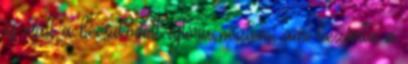
és csak a becsukódott ajtóra néztem, ami bezárta a